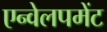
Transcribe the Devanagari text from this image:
एन्वेलपमेंट